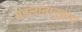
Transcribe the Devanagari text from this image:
मंडलांतानुक्रम